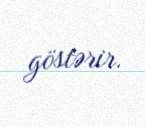
göstərir.